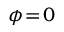
\phi \! = \! 0